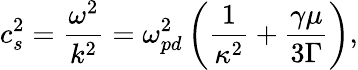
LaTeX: c_{s}^{2}=\frac{\omega^{2}}{k^{2}}=\omega_{pd}^{2}\left(\frac{1}{\kappa^{2}}+\frac{\gamma\mu}{3\Gamma}\right),